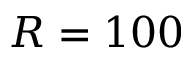
R = 1 0 0